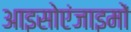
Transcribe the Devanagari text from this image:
आइसोएंजाइमों